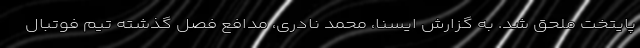
پایتخت ملحق شد. به گزارش ایسنا، محمد نادری، مدافع فصل گذشته تیم فوتبال